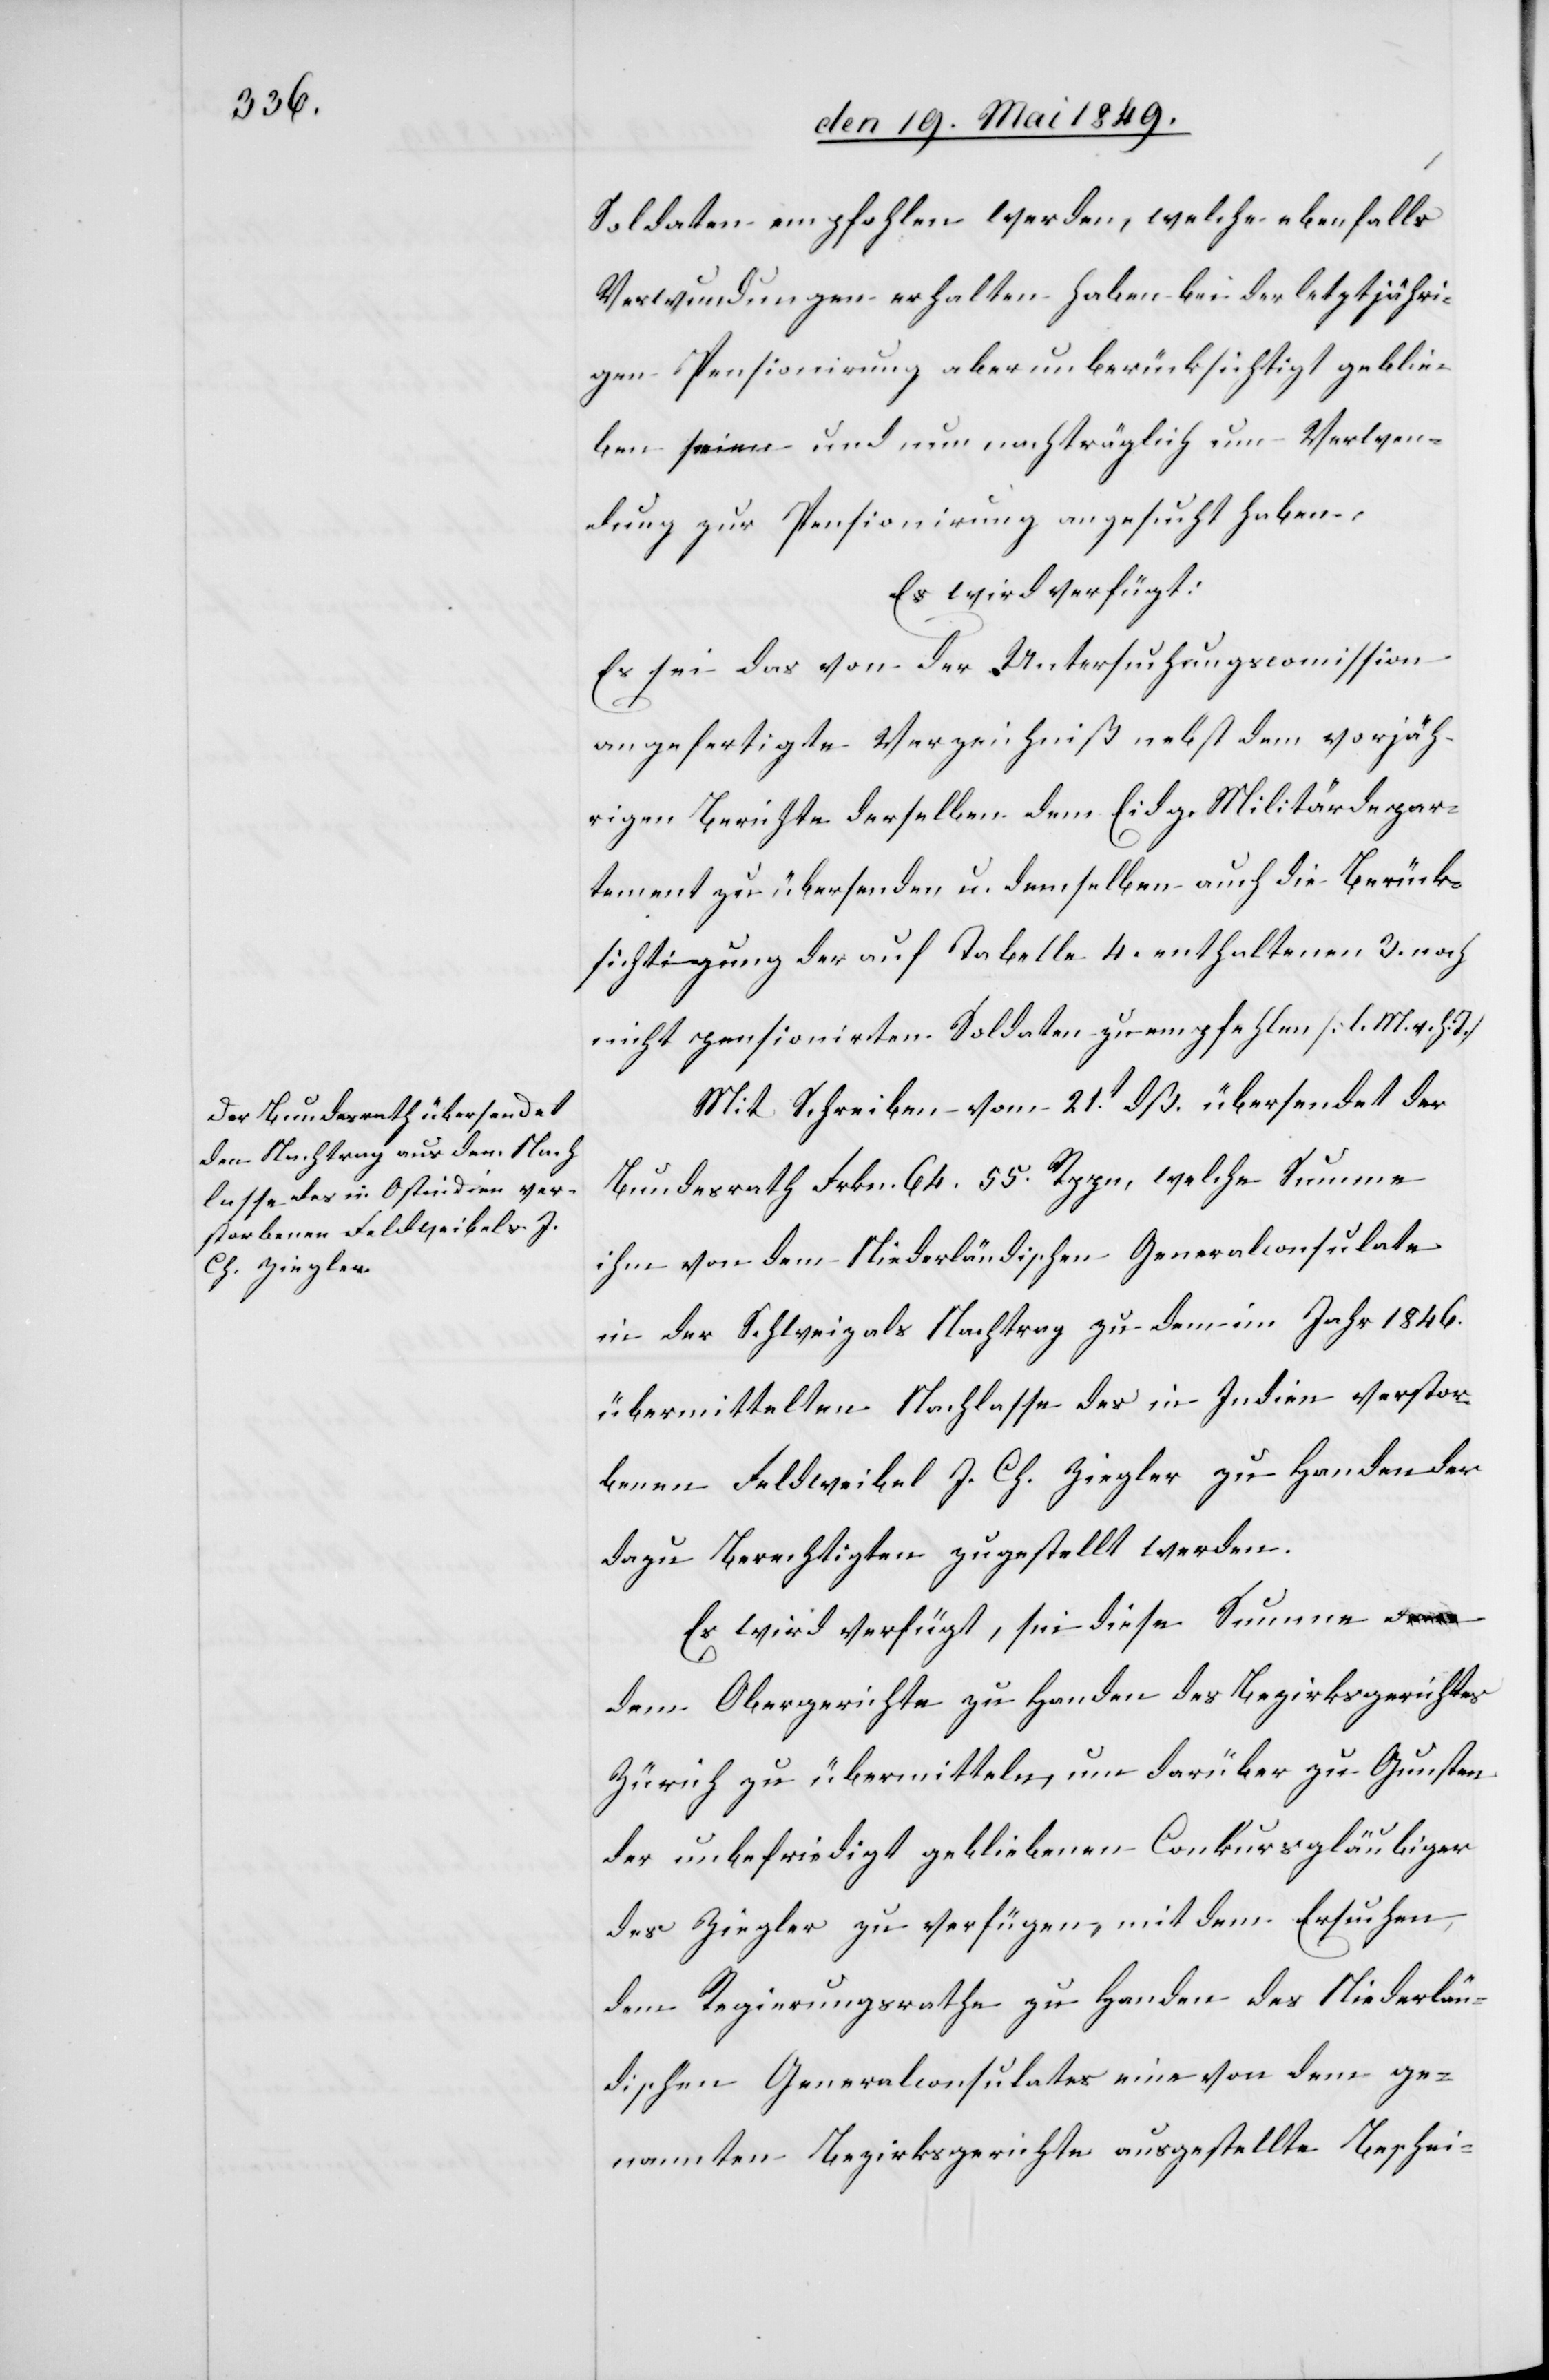
den 23. Mai 1849.]
Soldaten empfohlen werden, welche ebenfalls
Verwundungen erhalten haben bei der letztjähri¬
gen Pensionirung aber unberücksichtigt geblie¬
ben und nun nachträglich um Verwen¬
dung zur Pensionirung angesucht haben.
Es wird verfügt:
Es sei von der Untersuchungscommission
angefertigte Verzeichniß nebst dem vorjäh¬
rigen Berichte derselben dem Eidg. Militärdepar¬
tement zu übersenden u. demselben auch die Berück¬
sichtigung der auf Tabelle 4. enthaltenen 3. noch
nicht pensionirten Soldaten zu empfehlen [l. M. h.
Mit Schreiben vom 21t dß. übersendet der
Bundesrath Frkn. 64. 55. Rppn, welche Summe
ihm von dem Niederländischen Generalconsulate
in der Schweiz als Nachtrag zu dem im Jahr 1846.
übermittelten Nachlasse des in Indien verstor¬
benen Feldweibel J. Ch. Ziegler zu Handen der
dazu Berechtigten zugestellt werden.
Es wird verfügt, sei diese Summe d¬
em Obergerichte zu Handen des Bezirksgerichtes
Zürich zu übermitteln, um darüber zu Gunsten
der unbefriedigt gebliebenen Conkursgläubiger
des Ziegler zu verfügen, mit dem Ersuchen,
dem Regierungsrath zu Handen des Niederlän¬
dischen Generalconsulates eine von dem ge¬
nannten Bezirksgerichte ausgestellte Beschei-